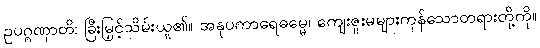
ဥပဂ္ဂဏှာတိ၊ ခြီးမြှင့်သိမ်းယူ၏။ အနုပကာရေဓမ္မေ၊ ကျေးဇူးမများကုန်သောတရားတို့ကို။